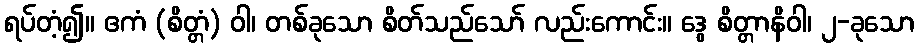
ရပ်တံ့၍။ ဧကံ (စိတ္တံ) ဝါ၊ တစ်ခုသော စိတ်သည်သော် လည်းကောင်း။ ဒွေ စိတ္တာနိဝါ၊ ၂-ခုသော